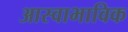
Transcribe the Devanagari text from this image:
आस्वाभाविक